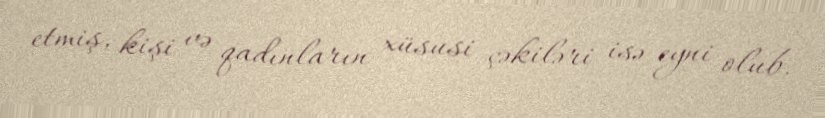
etmiş, kişi və qadınların xüsusi çəkiləri isə eyni olub.